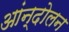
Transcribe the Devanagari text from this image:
आंन्दोलन